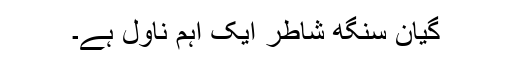
گیان سنگھ شاطر ایک اہم ناول ہے۔